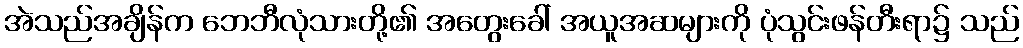
အဲသည်အချိန်က ဘေဘီလုံသားတို့၏ အတွေးခေါ် အယူအဆများကို ပုံသွင်းဖန်တီးရာ၌ သည်